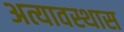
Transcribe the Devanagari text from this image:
अत्यावस्थास